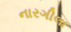
નારગીલા